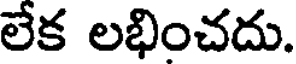
లేక లభించదు.